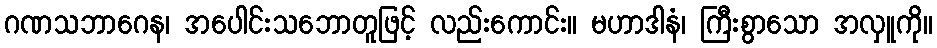
ဂဏသဘာဂေန၊ အပေါင်းသဘောတူဖြင့် လည်းကောင်း။ မဟာဒါနံ၊ ကြီးစွာသော အလှူကို။